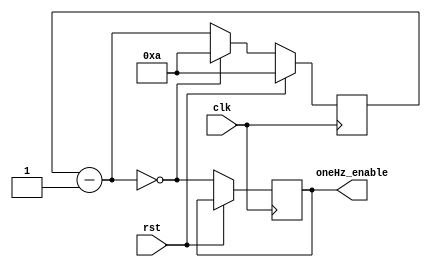
`timescale 1ns / 1ps
//////////////////////////////////////////////////////////////////////////////////
// Company: 
// Engineer: 
// 
// Design Name: 
// Module Name:    Divider 
// Project Name: 
// Target Devices: 
// Tool versions: 
// Description: 
//
// Dependencies: 
//
// Revision: 
// Revision 0.01 - File Created
// Additional Comments: 
//
//////////////////////////////////////////////////////////////////////////////////
module Divider(
    input clk,
	 input rst,
    output reg oneHz_enable
    );
	 
	 localparam [24:0] hz_constant = 25'd10;
	 reg [24:0]counter = hz_constant;
	 always@(posedge clk)
		begin
			if (rst) counter = hz_constant;
			else begin
				counter = counter - 1;
				oneHz_enable = (counter == 0);
				if (!counter) counter = hz_constant;
			end
		end


endmodule